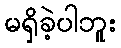
မရှိခဲ့ပါဘူး